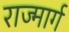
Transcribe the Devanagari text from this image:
राज्मार्ग